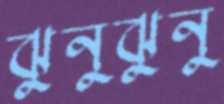
ঝুনুঝুনু